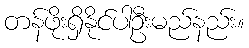
တန်ဖိုးရှိနိုင်ပါဦးမည်နည်း။